Source: Handwritten
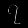
Digit: ၇ (7)